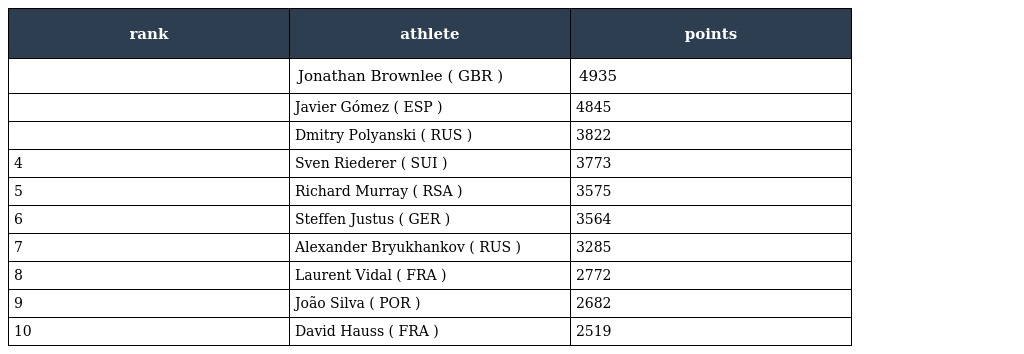
| rank | athlete | points |
 | --- | --- | --- |
 |  | Jonathan Brownlee ( GBR ) | 4935 |
 |  | Javier Gómez ( ESP ) | 4845 |
 |  | Dmitry Polyanski ( RUS ) | 3822 |
 | 4 | Sven Riederer ( SUI ) | 3773 |
 | 5 | Richard Murray ( RSA ) | 3575 |
 | 6 | Steffen Justus ( GER ) | 3564 |
 | 7 | Alexander Bryukhankov ( RUS ) | 3285 |
 | 8 | Laurent Vidal ( FRA ) | 2772 |
 | 9 | João Silva ( POR ) | 2682 |
 | 10 | David Hauss ( FRA ) | 2519 |